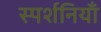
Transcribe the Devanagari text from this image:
स्पर्शनियाँ